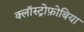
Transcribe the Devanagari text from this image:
क्लॉस्ट्रोफ़ोबिया